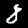
Label: 8